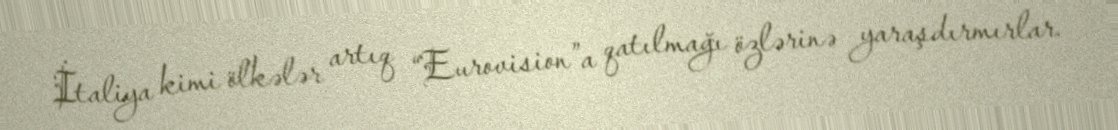
İtaliya kimi ölkələr artıq “Eurovision”a qatılmağı özlərinə yaraşdırmırlar.